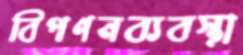
বিপণনব্যবস্থা